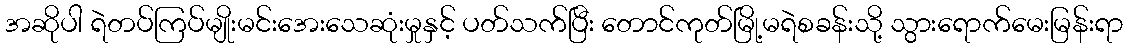
အဆိုပါ ရဲတပ်ကြပ်မျိုးမင်းအေးသေဆုံးမှုနှင့် ပတ်သက်ပြီး တောင်ကုတ်မြို့မရဲစခန်းသို့ သွားရောက်မေးမြန်းရာ